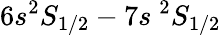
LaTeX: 6s^{2}S_{1/2}-7s~^{2}S_{1/2}